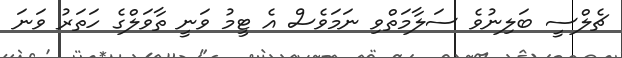
ޗެލްސީ ބަލިނުވެ ސަލާމަތްވި ނަމަވެސް އެ ޓީމު ވަނީ ތާވަލްގެ ހަތަރު ވަނަ